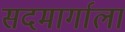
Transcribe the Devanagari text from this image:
सदमार्गाला